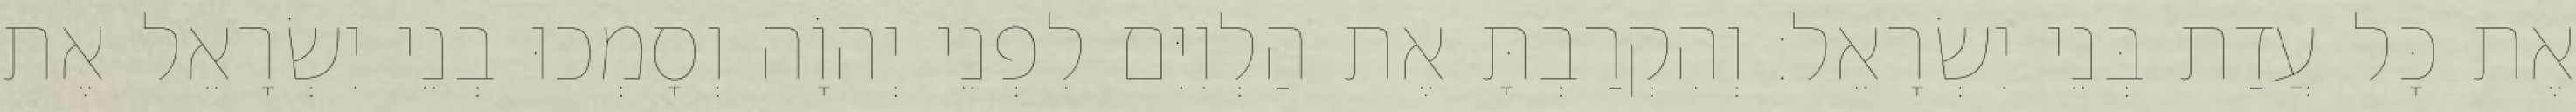
אֶת כָּל עֲדַת בְּנֵי יִשְׂרָאֵל׃ וְהִקְרַבְתָּ אֶת הַלְוִיִּם לִפְנֵי יְהוָֹה וְסָמְכוּ בְנֵי יִשְׂרָאֵל אֶת